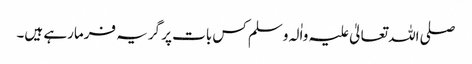
صلی اللہ تعالیٰ علیہ واٰلہ وسلم کس بات پر گریہ فرمارہے ہیں۔